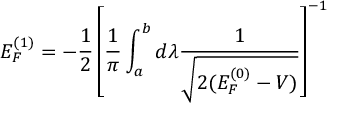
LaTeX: E _ { F } ^ { ( 1 ) } = - \frac { 1 } { 2 } \left[ \frac { 1 } { \pi } \int _ { a } ^ { b } d \lambda \frac { 1 } { \sqrt { 2 ( E _ { F } ^ { ( 0 ) } - V ) } } \right] ^ { - 1 }